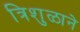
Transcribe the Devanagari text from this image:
त्रिशुळाने